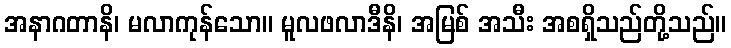
အနာဂတာနိ၊ မလာကုန်သော။ မူလဖလာဒီနိ၊ အမြစ် အသီး အစရှိသည်တို့သည်။